Civil Veterinary Dept. North-West Frontier Province 1901-22 - 1901-1922
Year: 1901
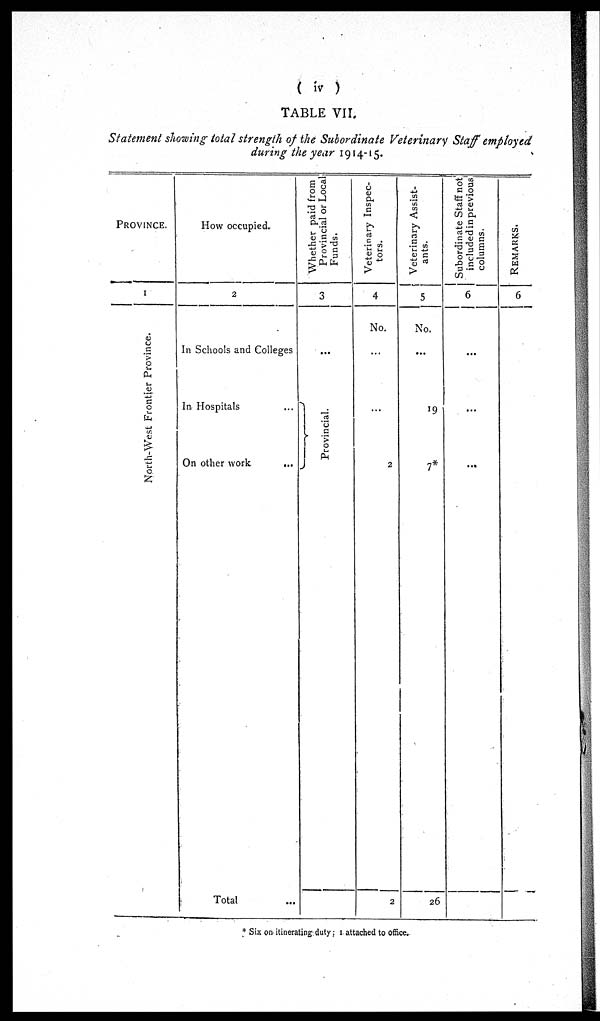
(iv)
TABLE VII.
Statement showing total strength of the Subordinate Veterinary Staff employed
during the year 1914-15.
PROVINCE.
1
North-West Frontier Province.
How occupied.
2
In Schools and Colleges
In Hospitals ...
On other work ...
Total ...
Whether paid from
Provincial or Local
Funds.
3
...
Provincial
Veterinary Inspec-
tors.
4
No.
...
…
2
2
Veterinary Assist-
ants.
5
No.
...
19
7*
26
Subordinate Staff not
included in previous
columns.
6
...
...
...
REMARKS.
6
* Six on itinerating duty; attached to office.